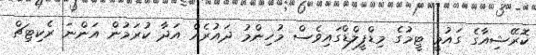
ކޮރޭޝިއާގެ ގައުމީ ޓީމުގެ މިޑްފީލްޑްގައިވެސް މުހިންމު ދައުރެއް އަދާ ކުރަމުން އަންނަ ރެކިޓިޗް